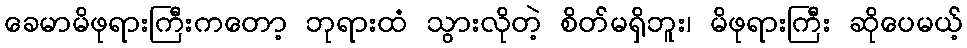
ခေမာမိဖုရားကြီးကတော့ ဘုရားထံ သွားလိုတဲ့ စိတ်မရှိဘူး၊ မိဖုရားကြီး ဆိုပေမယ့်